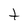
Character: t